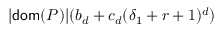
| \mathsf { d o m } ( P ) | ( b _ { d } + c _ { d } ( \delta _ { 1 } + r + 1 ) ^ { d } )